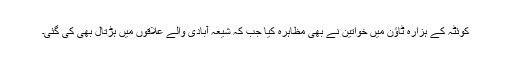
کوئٹہ کے ہزارہ ٹاؤن میں خواتین نے بھی مظاہرہ کیا جب کہ شیعہ آبادی والے علاقوں میں ہڑتال بھی کی گئی۔